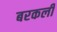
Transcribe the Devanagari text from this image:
बरकली